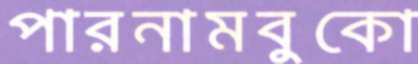
পারনামবুকো